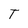
Character: T